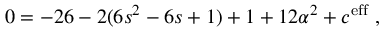
0 = - 2 6 - 2 ( 6 s ^ { 2 } - 6 s + 1 ) + 1 + 1 2 \alpha ^ { 2 } + c ^ { \mathrm { e f f } } \ ,